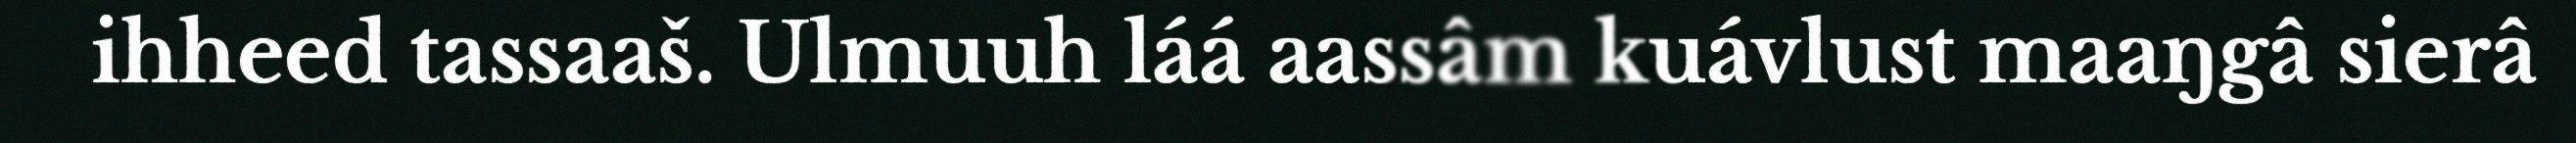
ihheed tassaaš. Ulmuuh láá aassâm kuávlust maaŋgâ sierâ